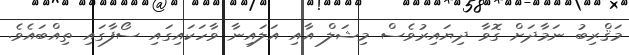
މަޤްރިބު ނަމާދަށް ގޮވާ ދިޔައިރުވެސް މިޝަލް އާއި އަލައިނާ ވާހަކައިގައި ސޯފާގައި ތިއްބައެވެ.